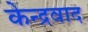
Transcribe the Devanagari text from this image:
केन्द्रवाद